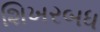
શિખરબધ